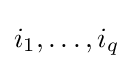
i_{1},\dots ,i_{q}